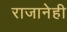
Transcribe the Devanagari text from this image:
राजानेही